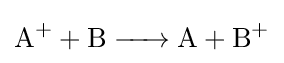
{\ce {A+ + B -> A + B+}}